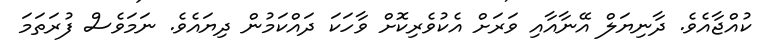
ކުއްޖާއެވެ. ދާނިޔަލް އޭނާއާއި ވަރަށް އެކުވެރިކޮށް ވާހަކަ ދައްކަމުން ދިޔައެވެ. ނަމަވެސް ފުރަތަމަ